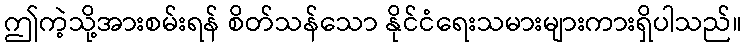
ဤကဲ့သို့အားစမ်းရန် စိတ်သန်သော နိုင်ငံရေးသမားများကားရှိပါသည်။